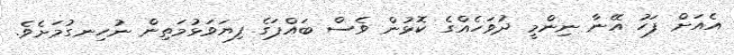
އެއަށް ފަހު އޭނާ ނިންމީ ދުވަހެއްގެ ކޮޅުން ވެސް ބައްޕަގެ ފިޔަވަޅުމަތިން ނުހިނގުމަށެވެ.